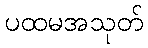
ပထမအသုတ်